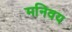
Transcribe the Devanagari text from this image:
मनिवय